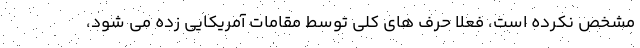
مشخص نکرده است، فعلا حرف های کلی توسط مقامات آمریکایی زده می شود،